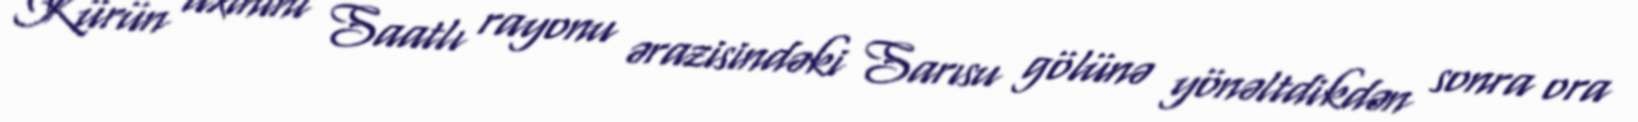
Kürün axınını Saatlı rayonu ərazisindəki Sarısu gölünə yönəltdikdən sonra ora